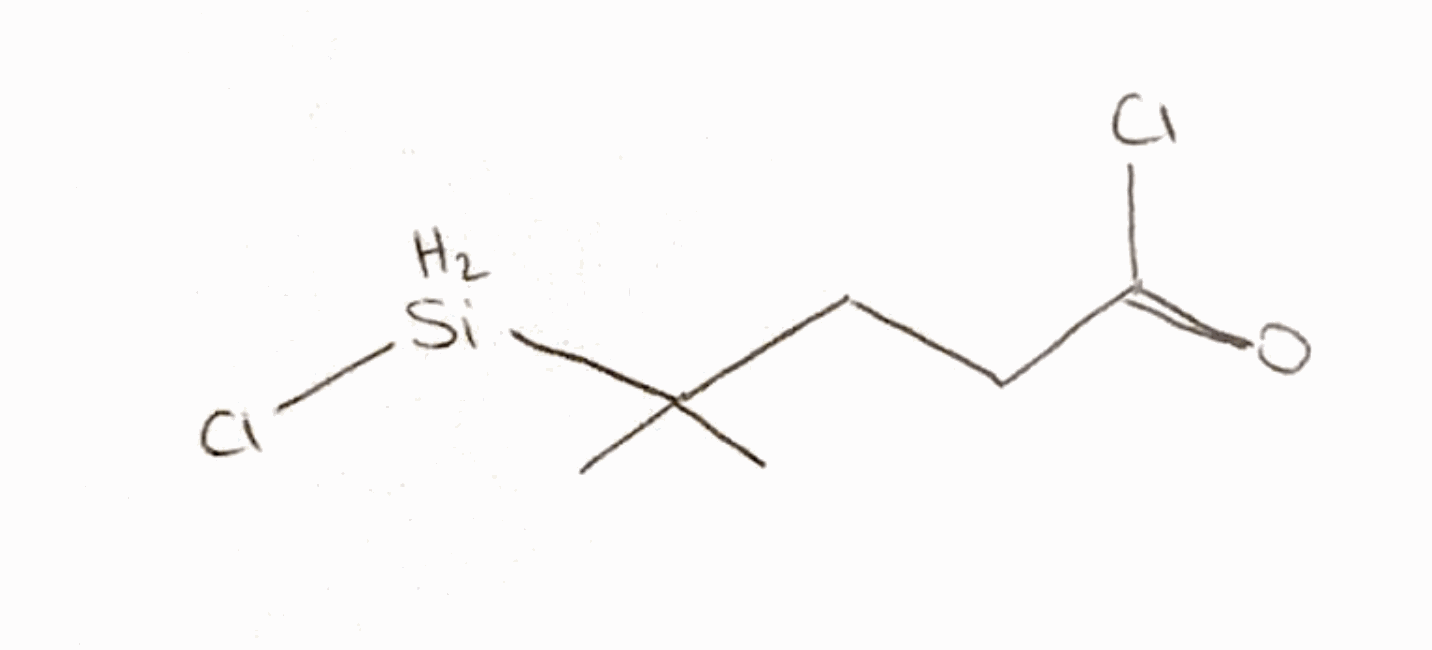
Simplified molecular-input line-entry system (SMILES) notation of the given molecule:
CC(C)(CCC(=O)Cl)[SiH2]Cl